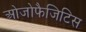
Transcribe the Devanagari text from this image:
ओजोफैजिटिस